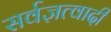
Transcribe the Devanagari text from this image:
सर्वज्ञत्वादी